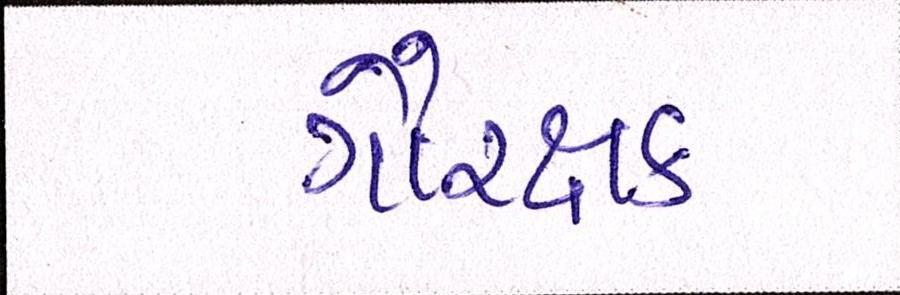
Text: ગૌરક્ષક